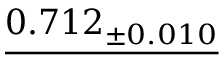
\underline { { 0 . 7 1 2 _ { \pm 0 . 0 1 0 } } }